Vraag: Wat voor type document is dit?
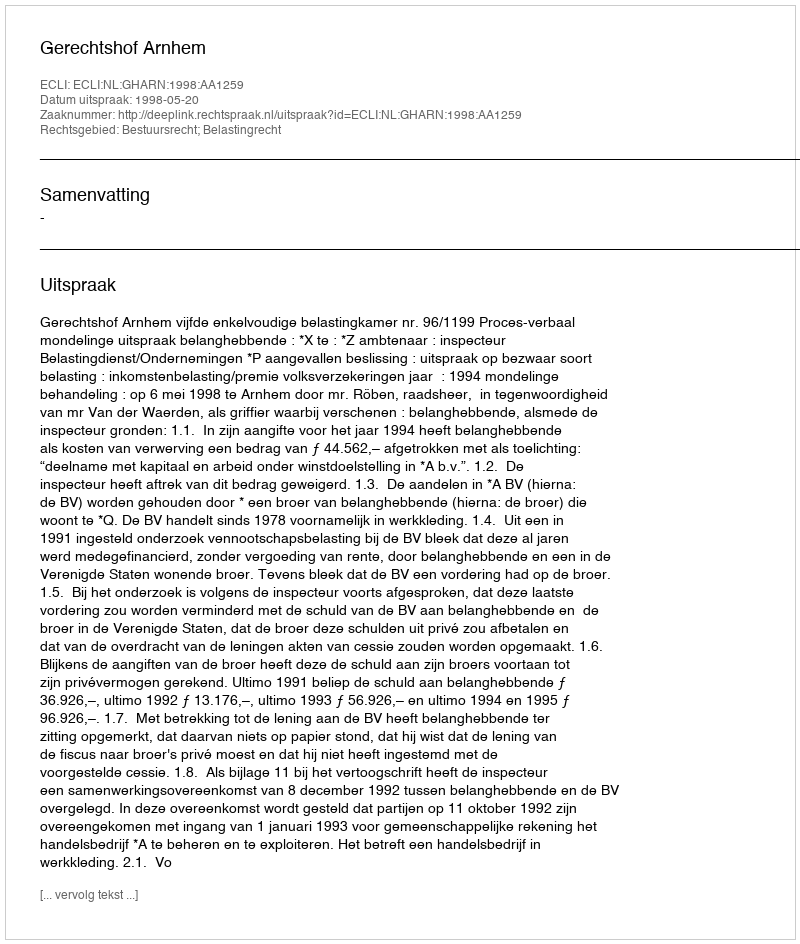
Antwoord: Uitspraak